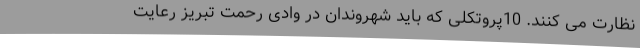
نظارت می کنند. 10پروتکلی که باید شهروندان در وادی رحمت تبریز رعایت